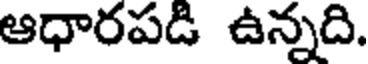
ఆధారపడి ఉన్నది.